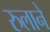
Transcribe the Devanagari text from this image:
रुलाने